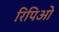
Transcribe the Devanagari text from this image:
रिपिओ